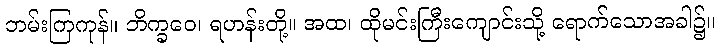
ဘမ်းကြကုန်။ ဘိက္ခဝေ၊ ရဟန်းတို့။ အထ၊ ထိုမင်းကြီးကျောင်းသို့ ရောက်သောအခါ၌။